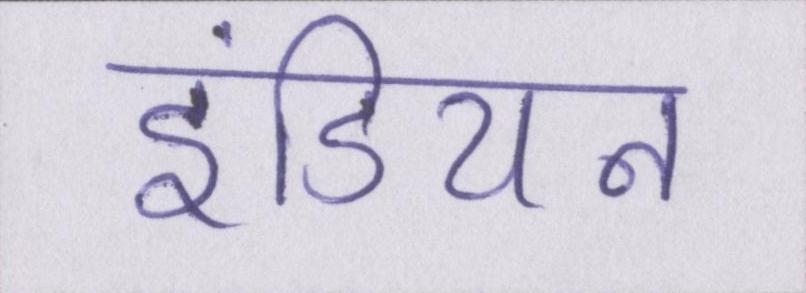
इंडियन